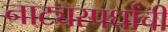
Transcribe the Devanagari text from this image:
नाट्यस्पर्धांची